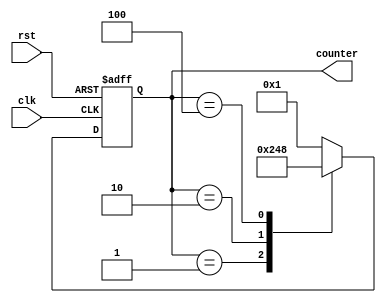
module ring_counter (
    input wire clk,
    input wire rst,
    output reg [3:0] counter
);

reg [3:0] next_counter;

always @(posedge clk or posedge rst) begin
    if (rst) begin
        counter <= 4'h1;
    end else begin
        counter <= next_counter;
    end
end

always @(*) begin
    case(counter)
        4'h1 : next_counter = 4'h2;
        4'h2 : next_counter = 4'h4;
        4'h4 : next_counter = 4'h8;
        4'h8 : next_counter = 4'h1;
        default: next_counter = 4'h1;
    endcase
end

endmodule